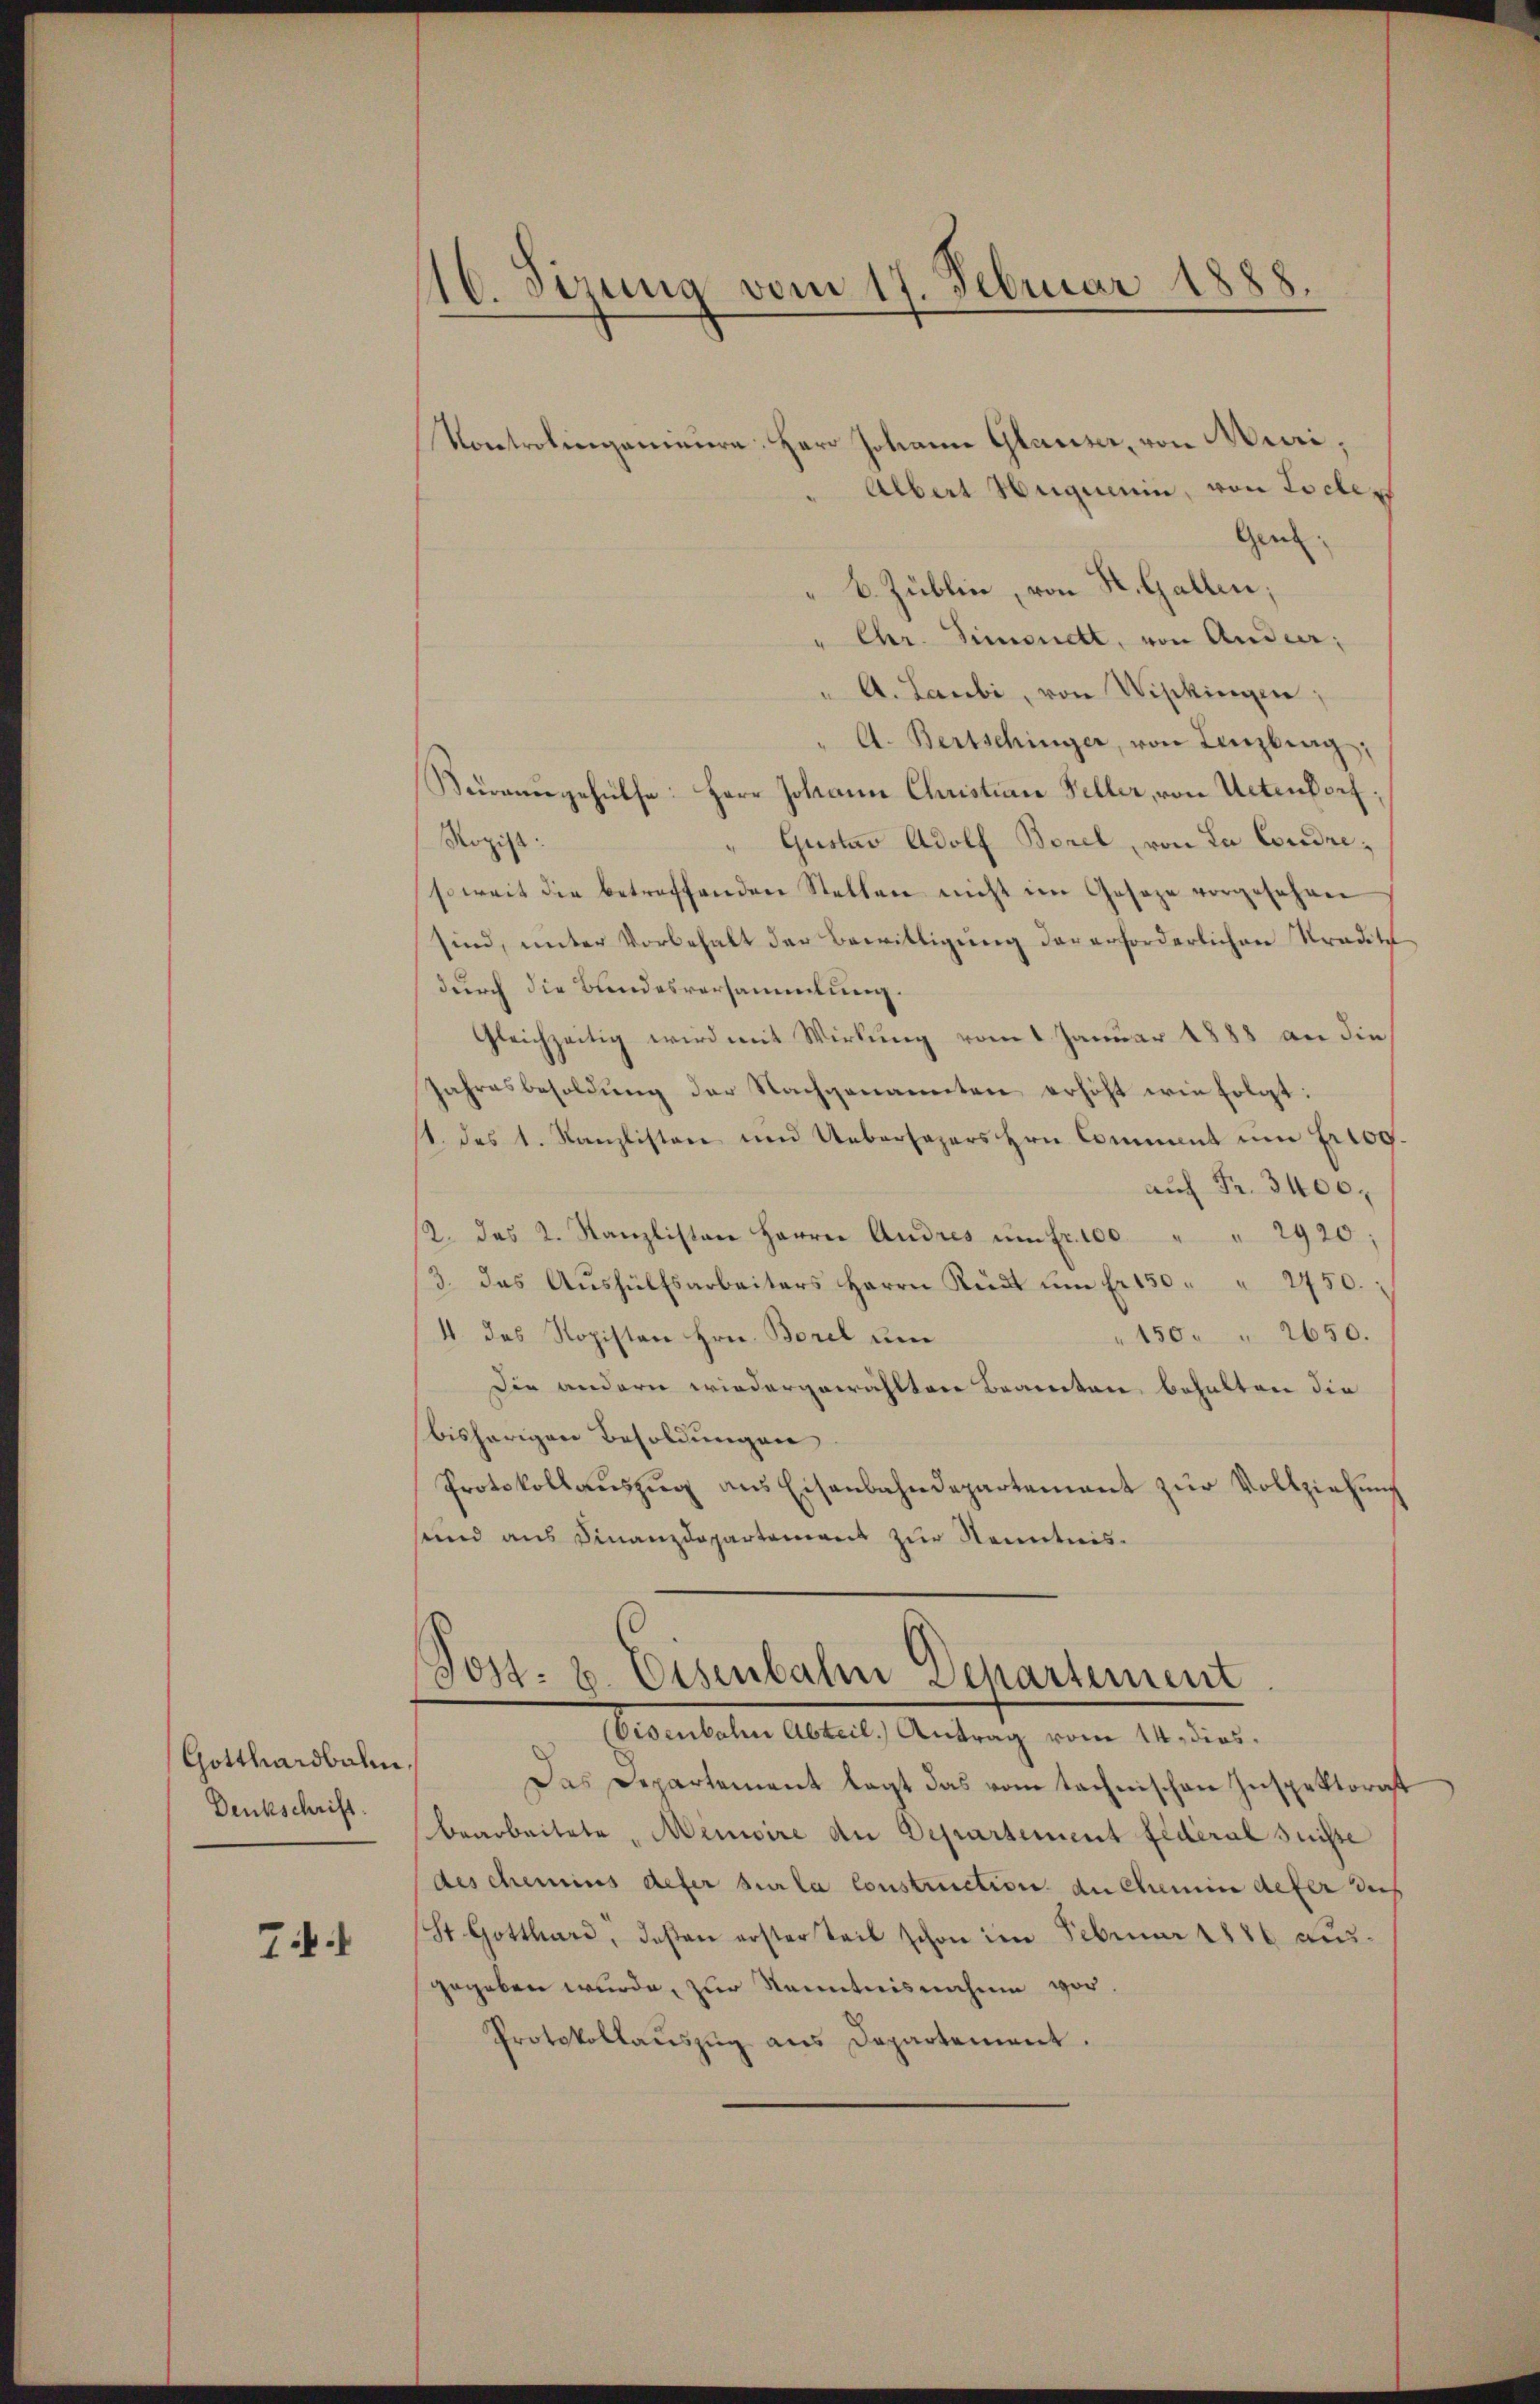
Gotthardbahn,
Denkschrift.

Ti

16. Sirung vom 17. Februar 1888.

Vontrolingenieure. Herr Johann Glauser, von Muri,
Albert Hegnein, von Locher
Gen.
b. Züblin, von St. Gallen;
Chr. Simonett, von Ander;
A. Laubi, von Wipkingen,
A. Bertschinger, von Lenzbrag;
Serausgehülfe: Herr Johann Christian Feller, von Untendorf
Ropist:
" Gustav Adolf Borel, von La Condresoweit die betreffenden Stellen nicht im Gesage vorgesehen
sind, unter Vorbehalt der Bewilligung der erforderlichen Traditdurch die Bundesversammlung.
Gleichzeitig wird mit Wirkung vom 1 Januar 1888 an die
Jahresbesoldung der Nachgenannten erhöht wie folgt:
st. des 1. Kanzlisten und Uebersagers Hrn. Comment um Erlog.
auf Fr. 3400.
2. das 2. Kanzlisten Herrn Andres ŭm fr. 100 " " 2920;
3. das Aŭshülfsarbeiters Herrn Rüdt ŭm fr. 150 " " 2750;
150. 2650.
4 das Kopisten Hrn. Borel um
Die andern wiedergewählten Brauten behalten die
bisherigen Besoldungen
Protokollaŭszŭg ans Eisenbahndepartement zŭr Vollziehŭng
sund aus Finanzdepartement zur Kenntnis¬
Post. b. Eisenbahn Departement
(Eisenbahn Abteil. Antrag vom 14. dies
Das Departement legt das vom technischen Inspektorat
bearbeitete, Minisire an Departement Elderal suisse
des chemins defer sur la construction du Chemin defer dies
St. Gotthard, deßen erster teil schon im Februar 1886 ausgegeben wurde, zur Kenntnisnahme vor.
Protokollauszug aus Departement.